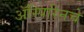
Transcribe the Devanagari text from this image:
ॲस्पिरिनचे